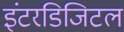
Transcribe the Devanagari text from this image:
इंटरडिजिटल